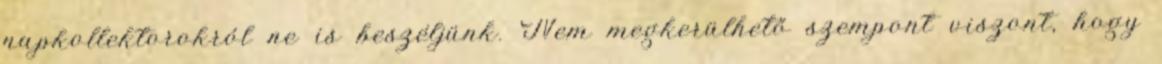
napkollektorokról ne is beszéljünk. Nem megkerülhető szempont viszont, hogy